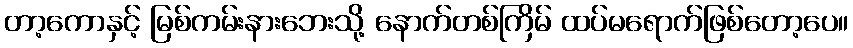
တာ့ကောနှင့် မြစ်ကမ်းနားဘေးသို့ နောက်တစ်ကြိမ် ထပ်မရောက်ဖြစ်တော့ပေ။